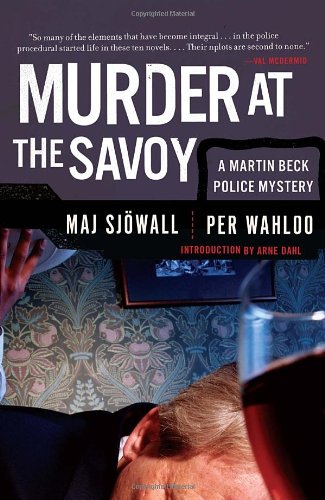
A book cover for Murder at the Savoy: A Martin Beck Police Mystery (6) (Vintage Crime/Black Lizard); Maj SjÃ¶wall; Literature & Fiction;